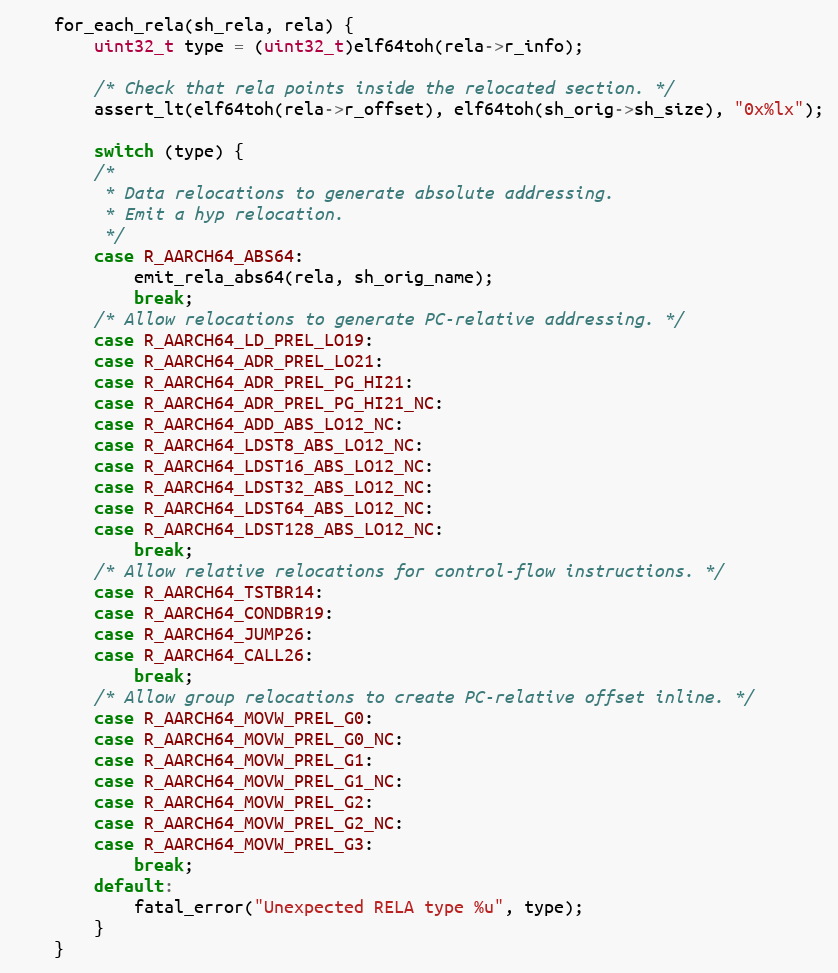
Language: C
	for_each_rela(sh_rela, rela) {
		uint32_t type = (uint32_t)elf64toh(rela->r_info);

		/* Check that rela points inside the relocated section. */
		assert_lt(elf64toh(rela->r_offset), elf64toh(sh_orig->sh_size), "0x%lx");

		switch (type) {
		/*
		 * Data relocations to generate absolute addressing.
		 * Emit a hyp relocation.
		 */
		case R_AARCH64_ABS64:
			emit_rela_abs64(rela, sh_orig_name);
			break;
		/* Allow relocations to generate PC-relative addressing. */
		case R_AARCH64_LD_PREL_LO19:
		case R_AARCH64_ADR_PREL_LO21:
		case R_AARCH64_ADR_PREL_PG_HI21:
		case R_AARCH64_ADR_PREL_PG_HI21_NC:
		case R_AARCH64_ADD_ABS_LO12_NC:
		case R_AARCH64_LDST8_ABS_LO12_NC:
		case R_AARCH64_LDST16_ABS_LO12_NC:
		case R_AARCH64_LDST32_ABS_LO12_NC:
		case R_AARCH64_LDST64_ABS_LO12_NC:
		case R_AARCH64_LDST128_ABS_LO12_NC:
			break;
		/* Allow relative relocations for control-flow instructions. */
		case R_AARCH64_TSTBR14:
		case R_AARCH64_CONDBR19:
		case R_AARCH64_JUMP26:
		case R_AARCH64_CALL26:
			break;
		/* Allow group relocations to create PC-relative offset inline. */
		case R_AARCH64_MOVW_PREL_G0:
		case R_AARCH64_MOVW_PREL_G0_NC:
		case R_AARCH64_MOVW_PREL_G1:
		case R_AARCH64_MOVW_PREL_G1_NC:
		case R_AARCH64_MOVW_PREL_G2:
		case R_AARCH64_MOVW_PREL_G2_NC:
		case R_AARCH64_MOVW_PREL_G3:
			break;
		default:
			fatal_error("Unexpected RELA type %u", type);
		}
	}